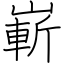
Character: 嶄